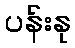
ပန်းနု